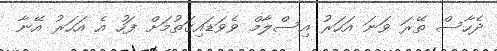
ދެހާސް ތޭރަ ވަނަ އަހަރު އިސްލާމް ވެވަޑައިގަތުމަށް ފަހު އެ އަހަރު އޭނާ